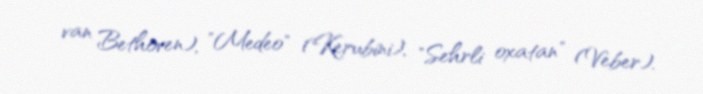
van Bethoven), "Medeo" (Kerubini), "Sehrli oxatan" (Veber).